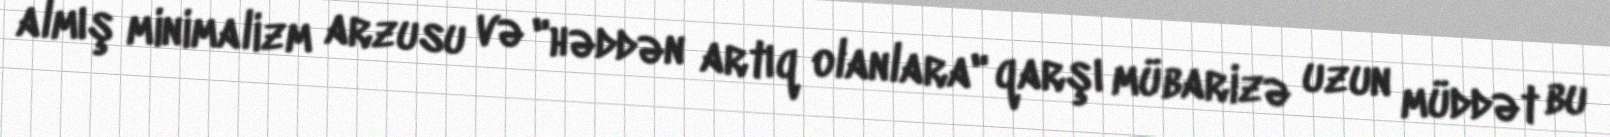
almış minimalizm arzusu və "həddən artıq olanlara" qarşı mübarizə uzun müddət bu